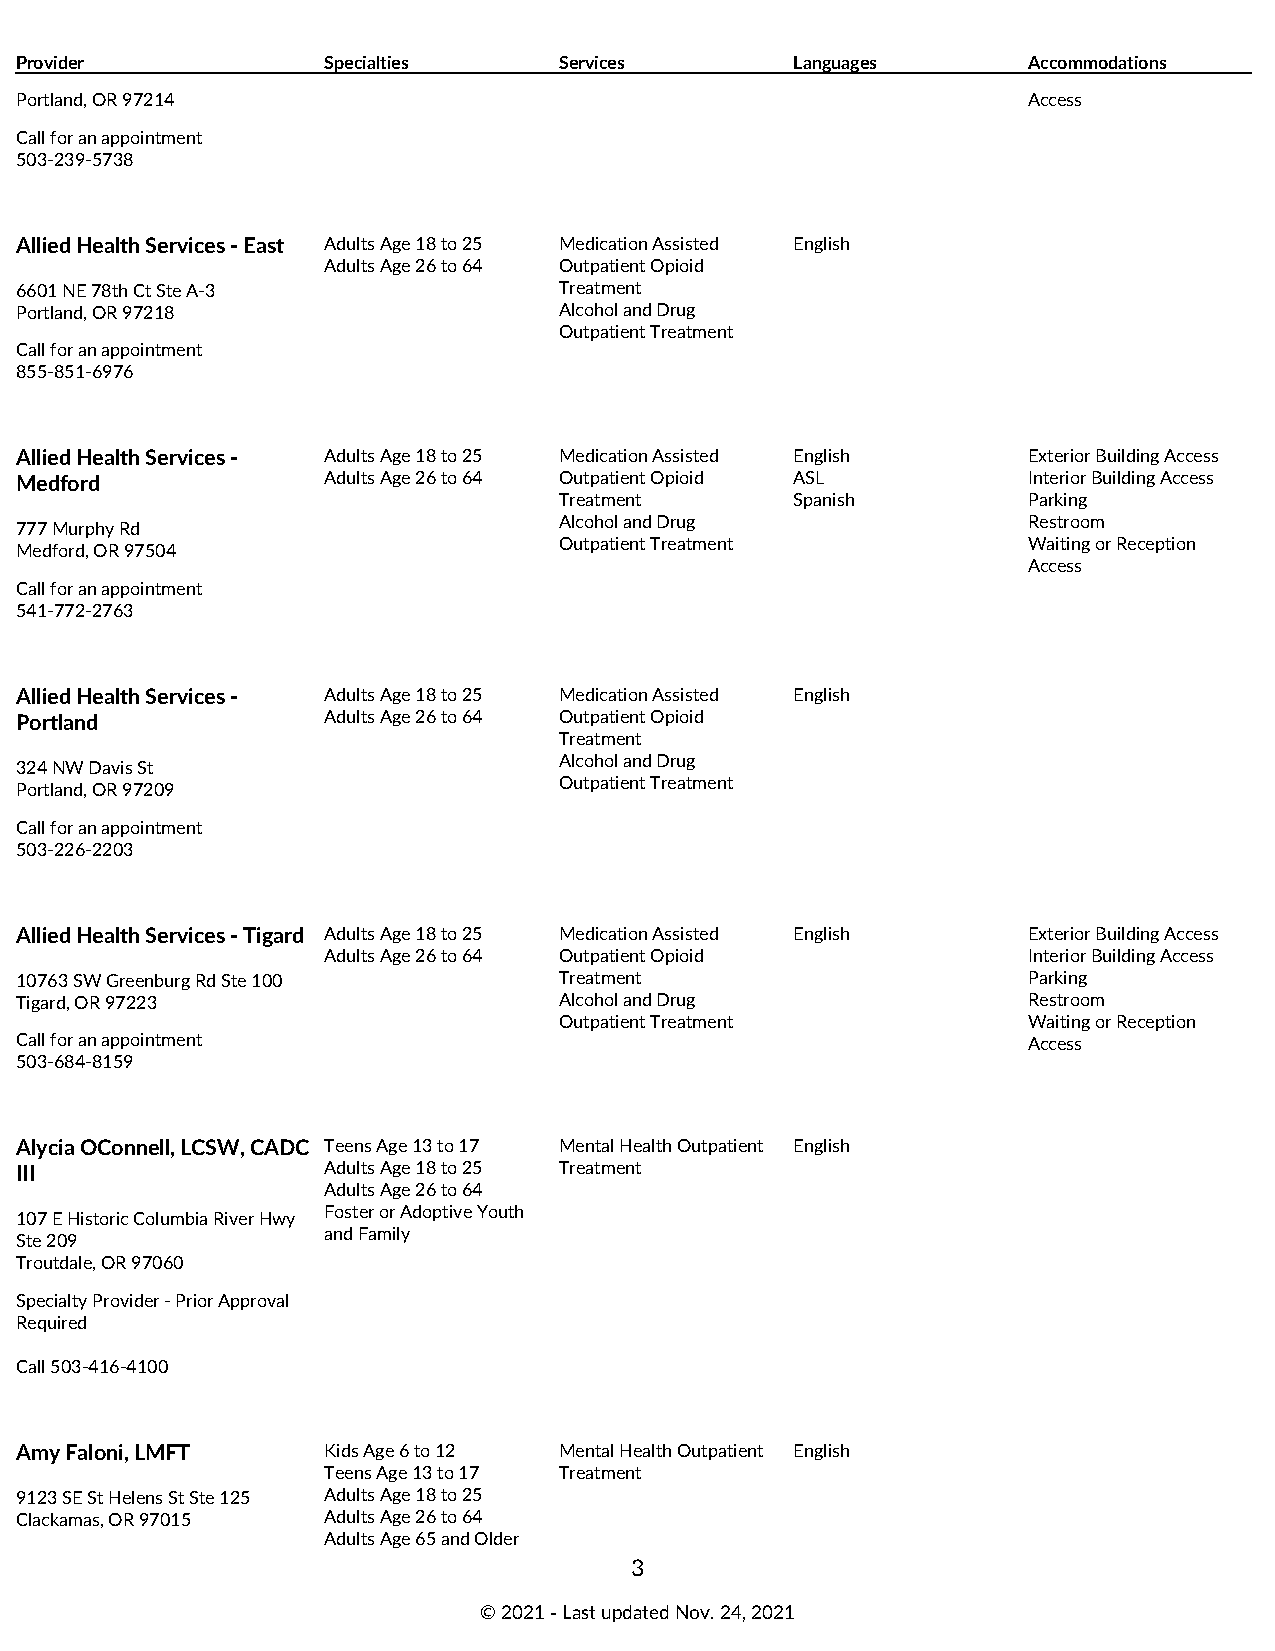
Provider            Specialties     Services        Languages      Accommodations
 Portland, OR 97214                                                 Access
 Call for an appointment
 503-239-5738
 Allied Health Services - East Adults Age 18 to 25 Medication Assisted English
 Adults Age 26 to 64 Outpatient Opioid
 6601 NE 78th Ct Ste A-3             Treatment
 Portland, OR 97218                  Alcohol and Drug
 Outpatient Treatment
 Call for an appointment
 855-851-6976
 Allied Health Services - Adults Age 18 to 25 Medication Assisted English Exterior Building Access
 Medford             Adults Age 26 to 64 Outpatient Opioid ASL      Interior Building Access
 Treatment       Spanish        Parking
 Alcohol and Drug               Restroom
 777 Murphy Rd
 Outpatient Treatment           Waiting or Reception
 Medford, OR 97504
 Access
 Call for an appointment
 541-772-2763
 Allied Health Services - Adults Age 18 to 25 Medication Assisted English
 Portland            Adults Age 26 to 64 Outpatient Opioid
 Treatment
 Alcohol and Drug
 324 NW Davis St
 Outpatient Treatment
 Portland, OR 97209
 Call for an appointment
 503-226-2203
 Allied Health Services - Tigard Adults Age 18 to 25 Medication Assisted English Exterior Building Access
 Adults Age 26 to 64 Outpatient Opioid          Interior Building Access
 10763 SW Greenburg Rd Ste 100       Treatment                      Parking
 Tigard, OR 97223                    Alcohol and Drug               Restroom
 Outpatient Treatment           Waiting or Reception
 Call for an appointment                                            Access
 503-684-8159
 Alycia OConnell, LCSW, CADC Teens Age 13 to 17 Mental Health Outpatient English
 III                 Adults Age 18 to 25 Treatment
 Adults Age 26 to 64
 Foster or Adoptive Youth
 107 E Historic Columbia River Hwy
 and Family
 Ste 209
 Troutdale, OR 97060
 Specialty Provider - Prior Approval
 Required
 Call 503-416-4100
 Amy Faloni, LMFT    Kids Age 6 to 12 Mental Health Outpatient English
 Teens Age 13 to 17 Treatment
 9123 SE St Helens St Ste 125 Adults Age 18 to 25
 Clackamas, OR 97015 Adults Age 26 to 64
 Adults Age 65 and Older
 3
 © 2021 ‑ Last updated Nov. 24, 2021